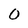
Character: 0